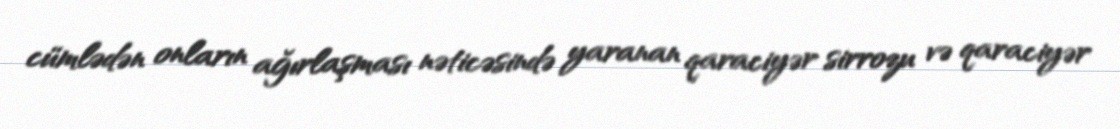
cümlədən onların ağırlaşması nəticəsində yaranan qaraciyər sirrozu və qaraciyər